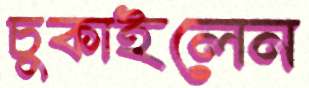
চুকাইলেন